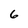
Character: 6